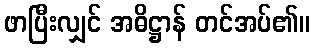
ဖာပြီးလျှင် အဓိဋ္ဌာန် တင်အပ်၏။